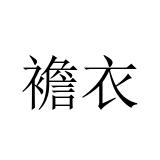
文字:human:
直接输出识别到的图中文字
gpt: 襜衣